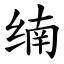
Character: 䌾